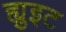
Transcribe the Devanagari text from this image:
ह्युइट